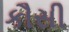
કૌસી